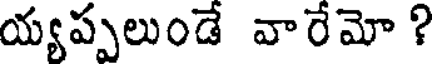
య్యప్పలుండే వారేమో ?